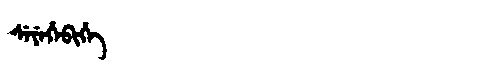
Manchu: ᠰᡝᠶᡝᡥᡝᠪᡳᡥᡝ
Romanization: SEYEHEBIHE